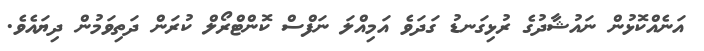
އަނެއްކޮޅުން ނައުޝާދުގެ ރުޅިގަނޑު ގަދަވެ އަމިއްލަ ނަފްސް ކޮންޓްރޯލް ކުރަން ދަތިވަމުން ދިޔައެވެ.